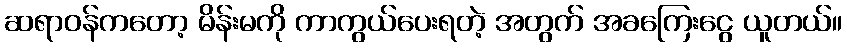
ဆရာဝန်ကတော့ မိန်းမကို ကာကွယ်ပေးရတဲ့ အတွက် အခကြေးငွေ ယူတယ်။